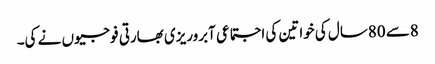
8سے 80سال کی خواتین کی اجتماعی آبروریزی بھارتی فوجیوں نے کی۔